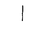
Letter: _alif